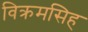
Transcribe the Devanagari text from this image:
विक्रमसिह